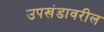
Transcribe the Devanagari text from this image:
उपखंडावरील